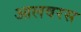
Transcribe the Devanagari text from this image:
आलवरस